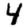
Digit: 4